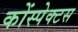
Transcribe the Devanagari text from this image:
कोंस्पेक्टस